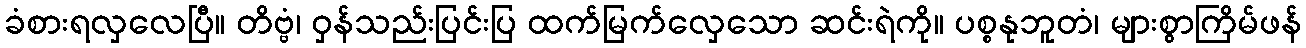
ခံစားရလှလေပြီ။ တိဗ္ဗံ၊ ဝှန်သည်းပြင်းပြ ထက်မြက်လှေသော ဆင်းရဲကို။ ပစ္စနုဘူတံ၊ များစွာကြိမ်ဖန်